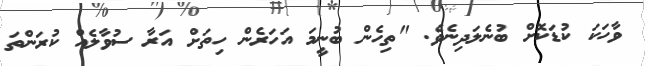
ވާހަކަ ކުޑަކޮށް ބުނެލަދިނެވެ. "ތިހެން ބުނީމަ އަހަރެން ހިތަށް އަރާ ސުވާލެއް ކުރަންތަ